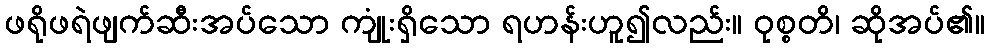
ဖရိုဖရဲဖျက်ဆီးအပ်သော ကျုံးရှိသော ရဟန်းဟူ၍လည်း။ ဝုစ္စတိ၊ ဆိုအပ်၏။